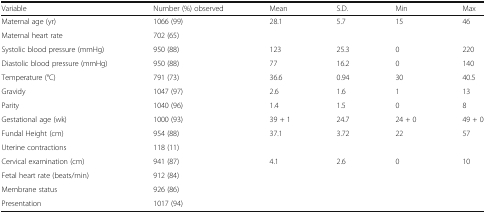
<table><thead><tr><td><b>Variable</b></td><td><b>Number (%) observed</b></td><td><b>Mean</b></td><td><b>S.D.</b></td><td><b>Min</b></td><td><b>Max</b></td></tr></thead><tbody><tr><td>Maternal age (yr)</td><td>1066 (99)</td><td>28.1</td><td>5.7</td><td>15</td><td>46</td></tr><tr><td>Maternal heart rate</td><td>702 (65)</td><td></td><td></td><td></td><td></td></tr><tr><td>Systolic blood pressure (mmHg)</td><td>950 (88)</td><td>123</td><td>25.3</td><td>0</td><td>220</td></tr><tr><td>Diastolic blood pressure (mmHg)</td><td>950 (88)</td><td>77</td><td>16.2</td><td>0</td><td>140</td></tr><tr><td>Temperature (°C)</td><td>791 (73)</td><td>36.6</td><td>0.94</td><td>30</td><td>40.5</td></tr><tr><td>Gravidy</td><td>1047 (97)</td><td>2.6</td><td>1.6</td><td>1</td><td>13</td></tr><tr><td>Parity</td><td>1040 (96)</td><td>1.4</td><td>1.5</td><td>0</td><td>8</td></tr><tr><td>Gestational age (wk)</td><td>1000 (93)</td><td>39 + 1</td><td>24.7</td><td>24 + 0</td><td>49 + 0</td></tr><tr><td>Fundal Height (cm)</td><td>954 (88)</td><td>37.1</td><td>3.72</td><td>22</td><td>57</td></tr><tr><td>Uterine contractions</td><td>118 (11)</td><td></td><td></td><td></td><td></td></tr><tr><td>Cervical examination (cm)</td><td>941 (87)</td><td>4.1</td><td>2.6</td><td>0</td><td>10</td></tr><tr><td>Fetal heart rate (beats/min)</td><td>912 (84)</td><td></td><td></td><td></td><td></td></tr><tr><td>Membrane status</td><td>926 (86)</td><td></td><td></td><td></td><td></td></tr><tr><td>Presentation</td><td>1017 (94)</td><td></td><td></td><td></td><td></td></tr></tbody></table>